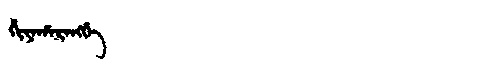
Manchu: ᡥᡳᠶᠠᡥᠠᡵᠠᠩᡤᡝ
Romanization: HIYAHARANGGE